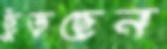
ছুঁড়ছেন